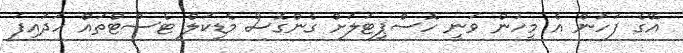
އޭގެ ފަހުން އެ މީހުން ވަނީ ހޮސްޕިޓަލަށް ގެންގޮސް މެޑިކަލް ޓެސްޓްތައް ހަދައިފަ